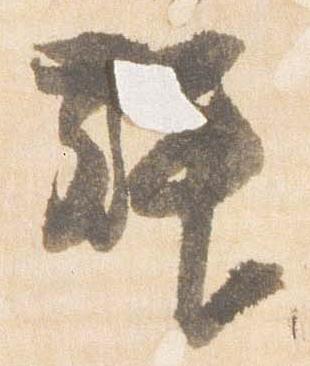
拝